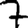
Digit: 7